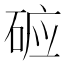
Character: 𱴉